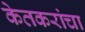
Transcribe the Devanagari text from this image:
केतकरांचा